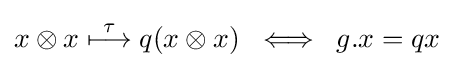
x\otimes x\;{\stackrel {\tau }{\longmapsto }}\;q(x\otimes x)\;\;\Longleftrightarrow \;\;g.x=qx